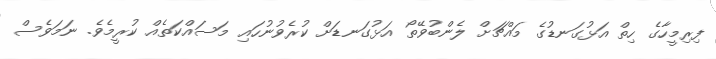
ފިރިމީހާގެ ހިތް އަޅުގަނޑުގެ މައްޗަށް ލެންބުވޭތޯ އަޅުގަނޑަށް ކުރެވުނުހައި މަސައްކަތެއް ކުރީމެވެ. ނަމަވެސް